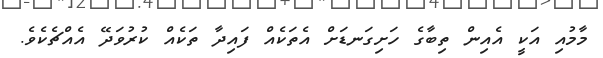
މާމުއި އަކީ އެއިން ތިބާގެ ހަށިގަނޑަށް އެތަކެއް ފައިދާ ތަކެއް ކުރުވަދޭ އެއްޗެކެވެ.